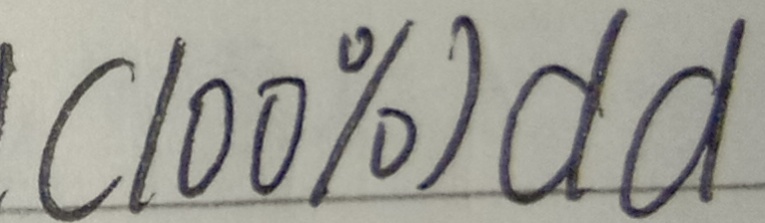
( 1 0 0 \% ) d d